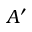
A ^ { \prime }